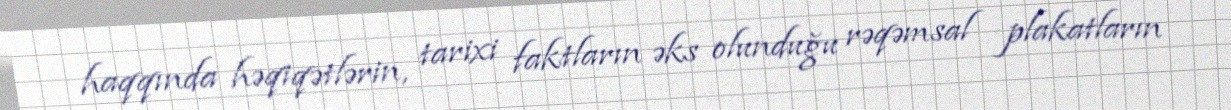
haqqında həqiqətlərin, tarixi faktların əks olunduğu rəqəmsal plakatların